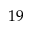
1 9